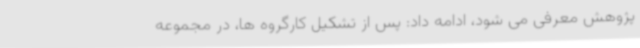
پژوهش معرفی می شود، ادامه داد: پس از تشکیل کارگروه ها، در مجموعه